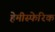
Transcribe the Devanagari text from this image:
हेमीस्फेरिक